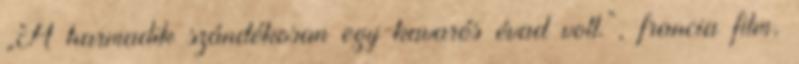
„A harmadik szándékosan egy kavarós évad volt.”, francia film,